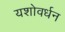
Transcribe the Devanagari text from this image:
यशोवर्धन